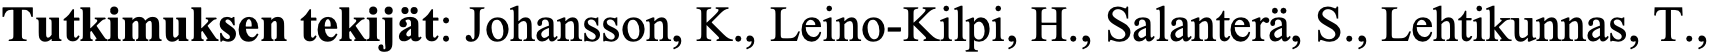
Tutkimuksen tekijät: Johansson, K., Leino-Kilpi, H., Salanterä, S., Lehtikunnas, T.,